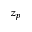
z _ { p }